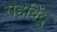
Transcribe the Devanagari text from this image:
सद्दबिंदु